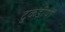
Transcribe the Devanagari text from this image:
टुकड़ीयों